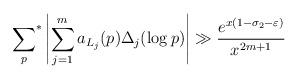
LaTeX: \begin{align*}{\sum_p}^* \left|\sum_{j=1}^m a_{L_j}(p)\Delta_j(\log p)\right|\gg \frac{e^{x(1-\sigma_2-\varepsilon)}}{x^{2m+1}}\end{align*}